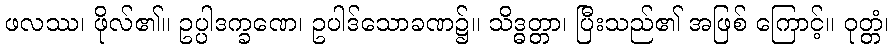
ဖလဿ၊ ဖိုလ်၏။ ဥပ္ပါဒက္ခဏေ၊ ဥပါဒ်သောခဏ၌။ သိဒ္ဓတ္တာ၊ ပြီးသည်၏ အဖြစ် ကြောင့်။ ဝုတ္တံ၊